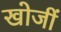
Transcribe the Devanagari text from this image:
खोजीं